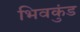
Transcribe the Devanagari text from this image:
भिवकुंड